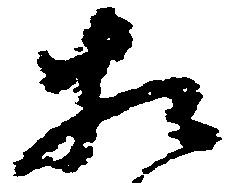
相